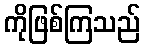
ကိုဖြစ်ကြသည်